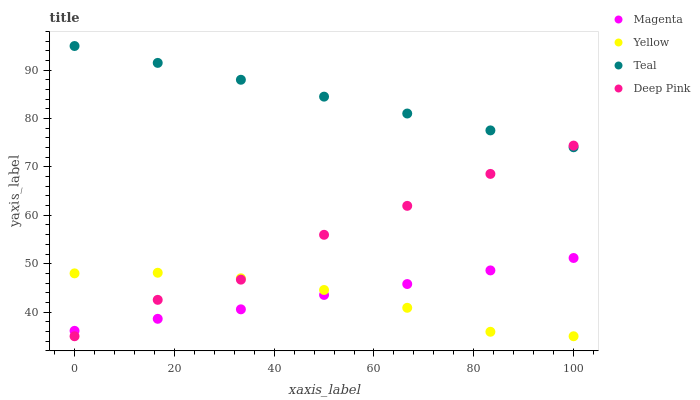
| xaxis_label | Magenta | Yellow | Teal | Deep Pink |
 | --- | --- | --- | --- | --- |
 | 0 | 36.1 | 48 | 95 | 35 |
 | 16.7 | 38.6 | 48.1 | 91.5 | 42.5 |
 | 33.3 | 40.6 | 47 | 88 | 46.7 |
 | 50 | 43.5 | 44.6 | 84.5 | 56 |
 | 66.7 | 45.8 | 40.9 | 81 | 62 |
 | 83.3 | 48.6 | 35.9 | 77.6 | 68.6 |
 | 100 | 51.2 | 35 | 74.1 | 74.4 |